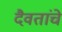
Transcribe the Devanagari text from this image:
दैवतांचे